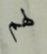
لهم